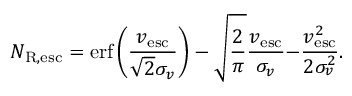
N _ { \mathrm { R , e s c } } = \mathrm { e r f } \left( \frac { v _ { \mathrm { e s c } } } { \sqrt { 2 } \sigma _ { v } } \right) - \sqrt { \frac { 2 } { \pi } } \frac { v _ { \mathrm { e s c } } } { \sigma _ { v } } { - \frac { v _ { \mathrm { e s c } } ^ { 2 } } { 2 \sigma _ { v } ^ { 2 } } } .